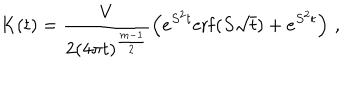
LaTeX: K ( t ) = \frac { V } { 2 ( 4 \pi t ) ^ { \frac { m - 1 } 2 } } \left( e ^ { S ^ { 2 } t } \mathrm { e r f } ( S \sqrt t ) + e ^ { S ^ { 2 } t } \right) \, ,